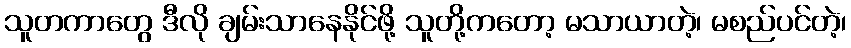
သူတကာတွေ ဒီလို ချမ်းသာနေနိုင်ဖို့ သူတို့ကတော့ မသာယာတဲ့၊ မစည်ပင်တဲ့၊